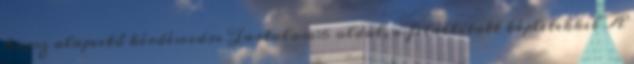
kapsz alapvető kérdéseidre Tartalom:6 oldal, a felállított képletekkel A